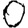
Digit: 0